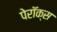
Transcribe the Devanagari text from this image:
पेरॉक्स